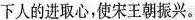
下人的进取心，使宋王朝振兴。